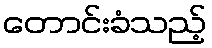
တောင်းခံသည့်